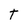
Character: T